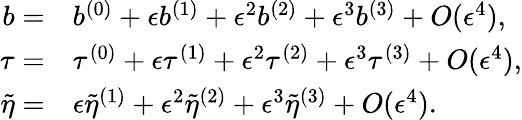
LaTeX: \begin{array}{rl}{b=}&{b^{(0)}+\epsilon b^{(1)}+\epsilon^{2}b^{(2)}+\epsilon^{3}b^{(3)}+O(\epsilon^{4}),}\\ {\tau=}&{\tau^{(0)}+\epsilon\tau^{(1)}+\epsilon^{2}\tau^{(2)}+\epsilon^{3}\tau^{(3)}+O(\epsilon^{4}),}\\ {\tilde{\eta}=}&{\epsilon\tilde{\eta}^{(1)}+\epsilon^{2}\tilde{\eta}^{(2)}+\epsilon^{3}\tilde{\eta}^{(3)}+O(\epsilon^{4}).}\end{array}